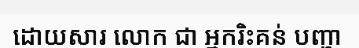
ដោយសារ លោក ជា អ្នករិះគន់ បញ្ហា